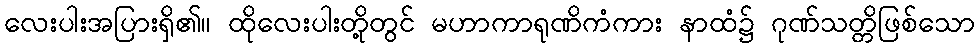
လေးပါးအပြားရှိ၏။ ထိုလေးပါးတို့တွင် မဟာကာရုဏိကံကား နာထံ၌ ဂုဏ်သတ္တိဖြစ်သော